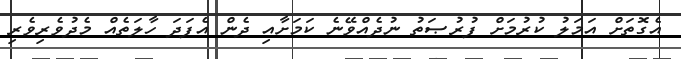
އެގޮތަށް އަމަލު ކުރުމަށް ފުރުޞަތު ނުދެއްވޭނެ ކަމަށާއި ދެން އެފަދަ ހާލަތެއް މެދުވެރިވެރި